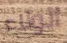
الولاء